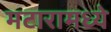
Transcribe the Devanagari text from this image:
मटारामध्ये